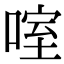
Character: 㗌